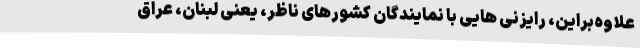
علاوه‌براین، رایزنی هایی با نمایندگان کشورهای ناظر، یعنی لبنان، عراق